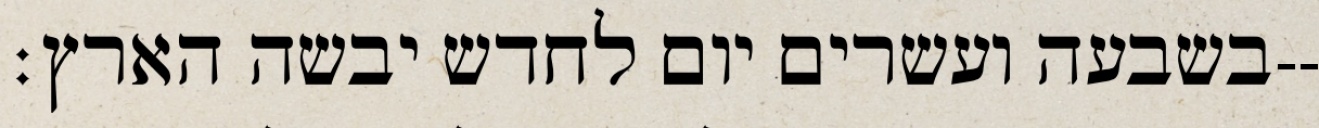
בשבעה ועשרים יום לחדש יבשה הארץ׃--